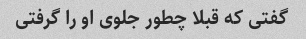
گفتی که قبلا چطور جلوی او را گرفتی